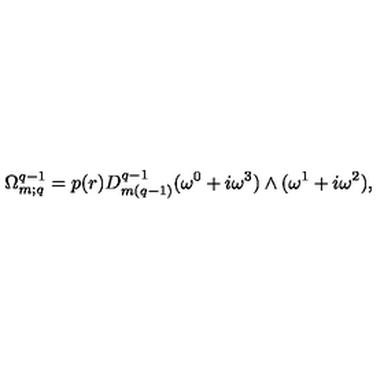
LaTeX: \Omega _ { m ; q } ^ { q - 1 } = p ( r ) D _ { m ( q - 1 ) } ^ { q - 1 } ( \omega ^ { 0 } + i \omega ^ { 3 } ) \wedge ( \omega ^ { 1 } + i \omega ^ { 2 } ) ,